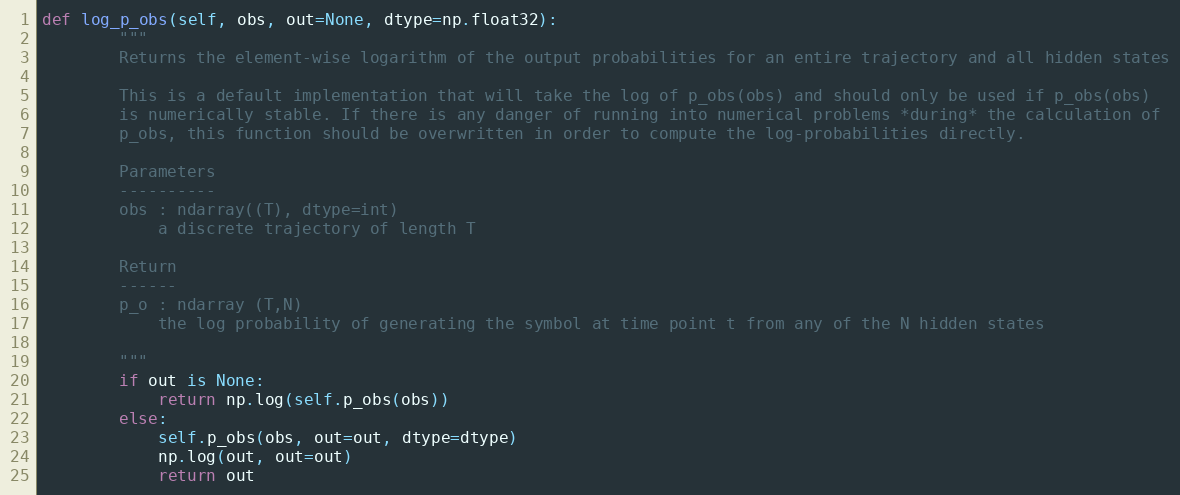
Language: Python
def log_p_obs(self, obs, out=None, dtype=np.float32):
        """
        Returns the element-wise logarithm of the output probabilities for an entire trajectory and all hidden states

        This is a default implementation that will take the log of p_obs(obs) and should only be used if p_obs(obs)
        is numerically stable. If there is any danger of running into numerical problems *during* the calculation of
        p_obs, this function should be overwritten in order to compute the log-probabilities directly.

        Parameters
        ----------
        obs : ndarray((T), dtype=int)
            a discrete trajectory of length T

        Return
        ------
        p_o : ndarray (T,N)
            the log probability of generating the symbol at time point t from any of the N hidden states

        """
        if out is None:
            return np.log(self.p_obs(obs))
        else:
            self.p_obs(obs, out=out, dtype=dtype)
            np.log(out, out=out)
            return out